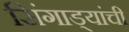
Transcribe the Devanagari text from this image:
सिंगाड्यांची